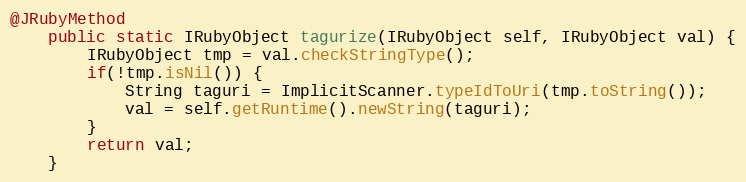
Language: Java
@JRubyMethod
    public static IRubyObject tagurize(IRubyObject self, IRubyObject val) {
        IRubyObject tmp = val.checkStringType();
        if(!tmp.isNil()) {
            String taguri = ImplicitScanner.typeIdToUri(tmp.toString());
            val = self.getRuntime().newString(taguri);
        }
        return val;
    }